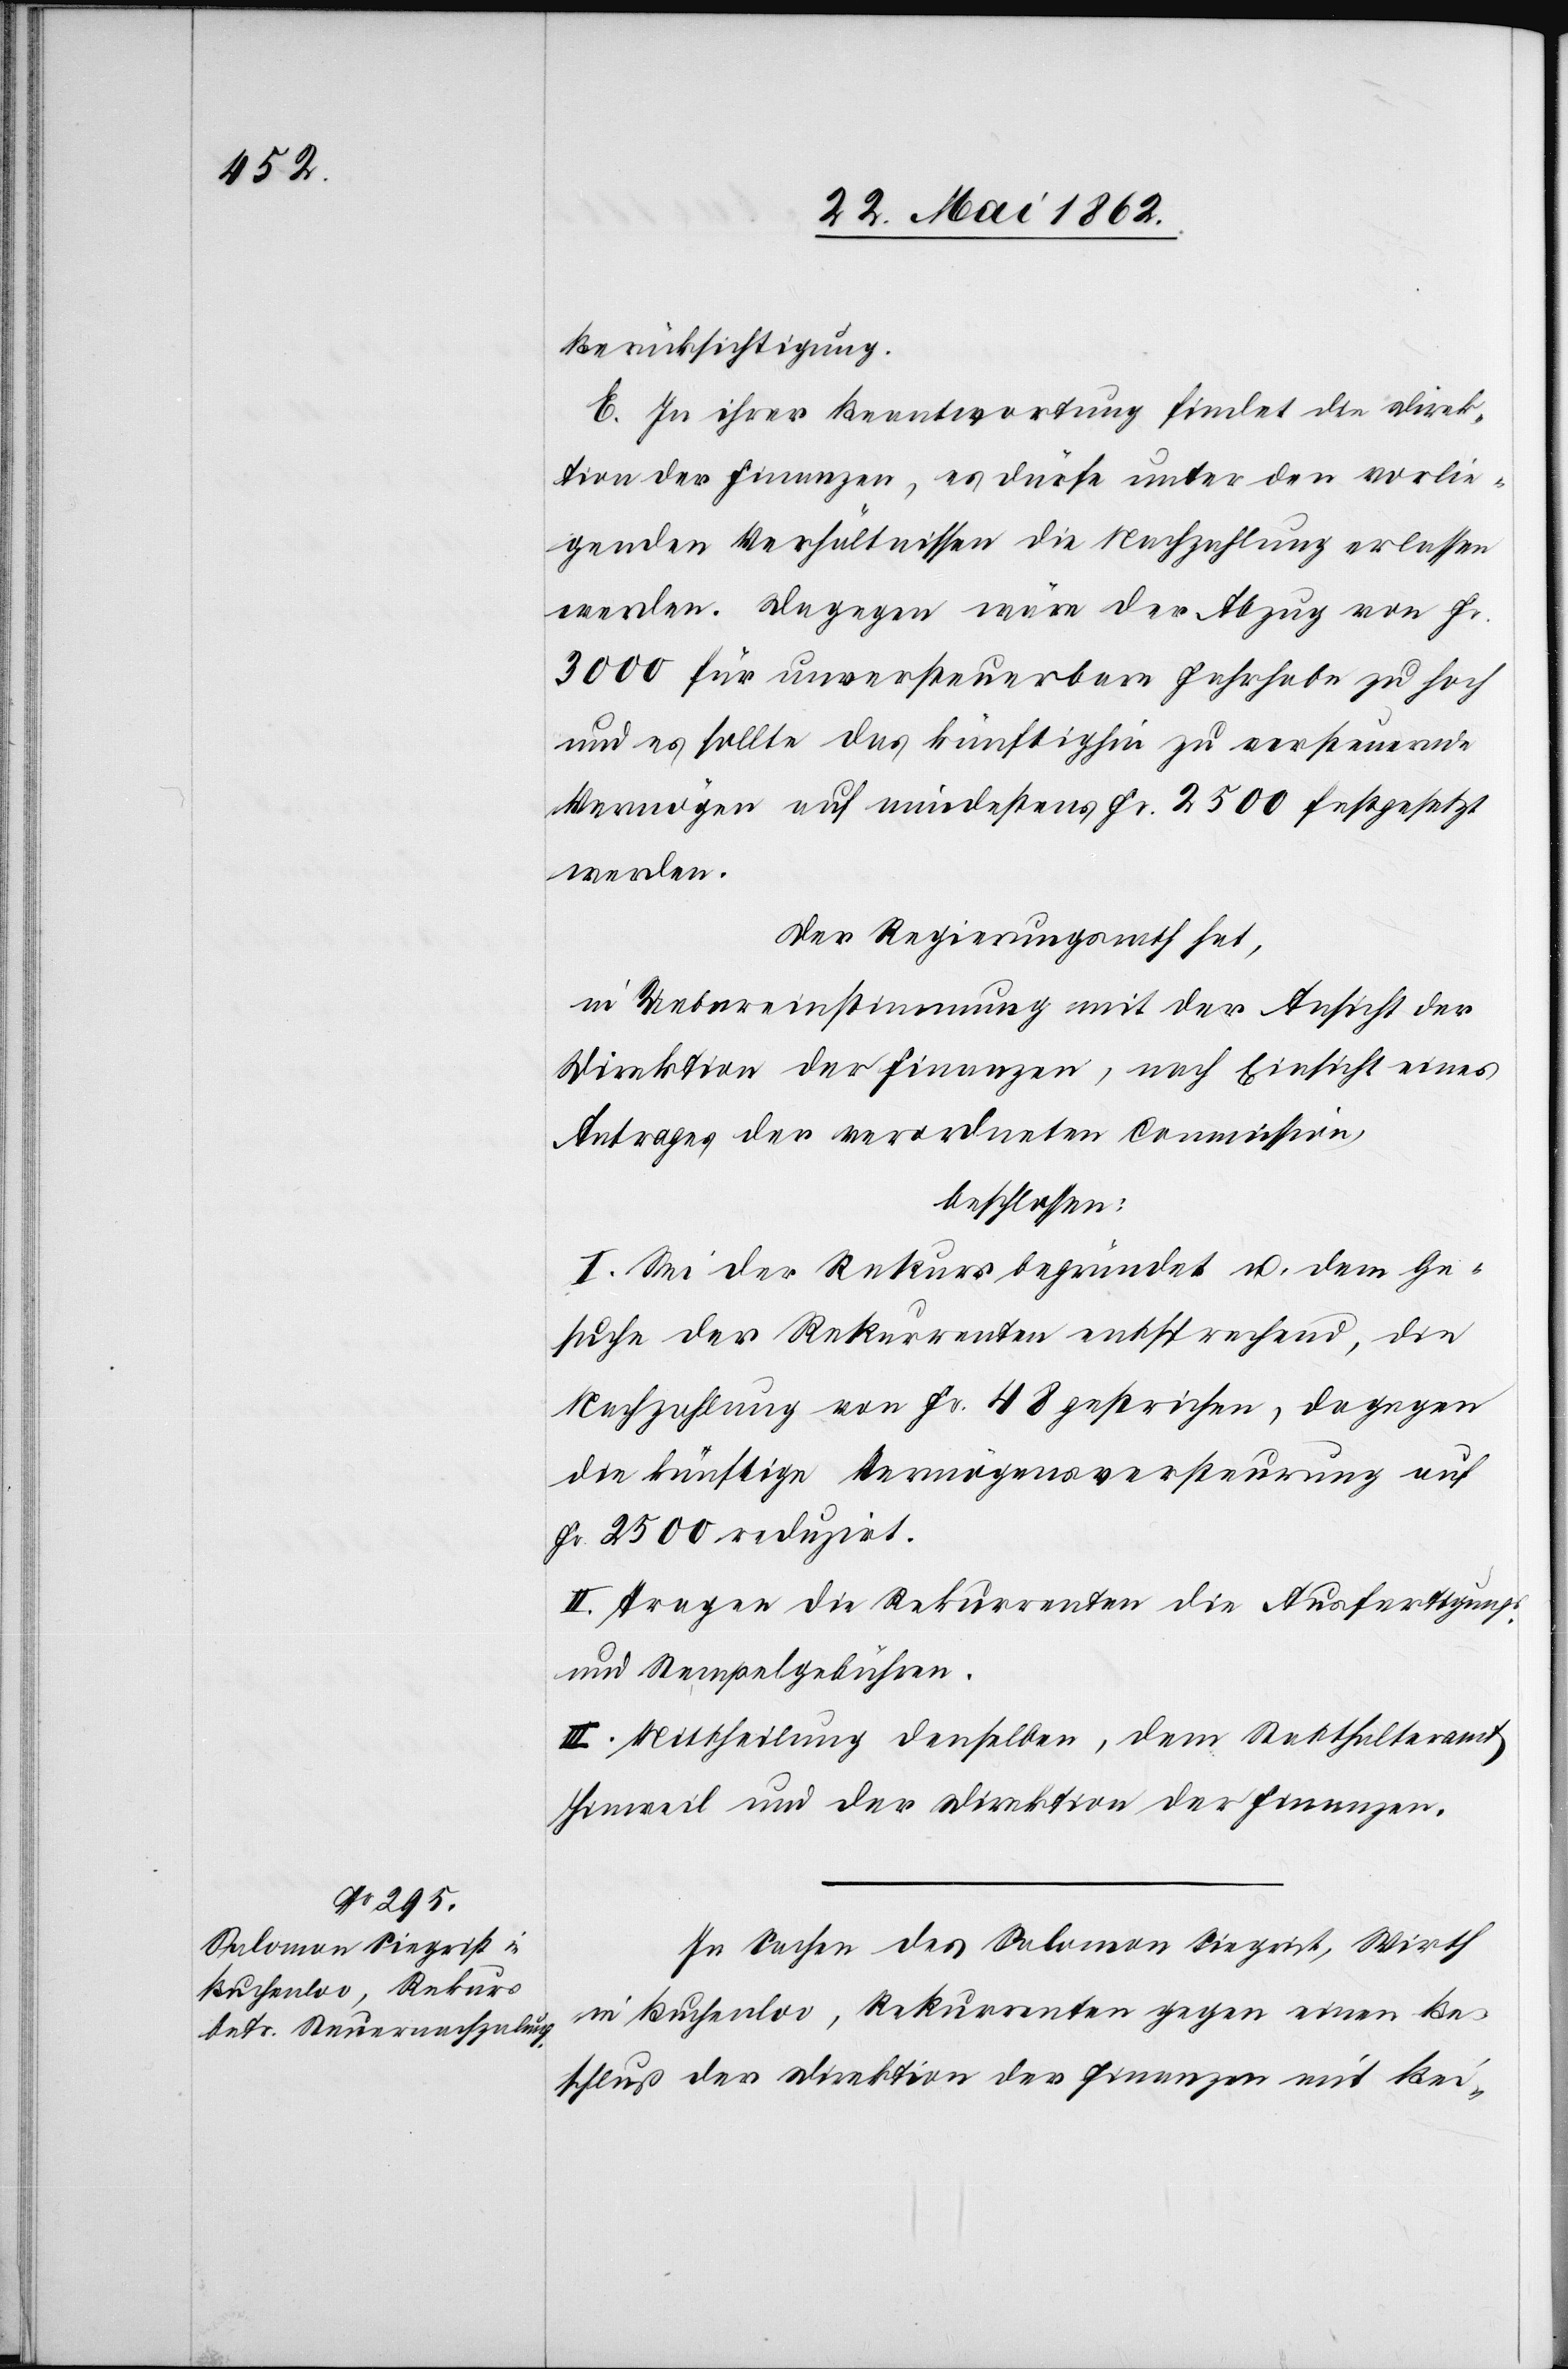
Berücksichtigung.
E. In ihrer Beantwortung findet die Direk¬
tion der Finanzen, es dürfe unter den vorlie¬
genden Verhältnissen die Nachzahlung erlassen
werden. Dagegen wäre der Abzug von Fr.
3000 für unversteuerbare Fahrhabe zu hoch
und es sollte das künftighin zu versteuernde
Vermögen auf mindestens Fr. 2500 festgesetzt
werden.
Der Regierungsrath hat,
in Uebereinstimmung mit der Ansicht der
Direktion der Finanzen, nach Einsicht eines
Antrages der verordneten Commission,
beschlossen:
I. Sei der Rekurs begründet u. dem Ge¬
suche der Rekurrenten entsprechend, die
Nachzahlung von Fr. 48 gestrichen, dagegen
die künftige Vermögensversteurung auf
Fr. 2500 reduzirt.
II. Tragen die Rekurrenten die Ausfertigungs-
und Stempelgebühren.
III. Mittheilung denselben, dem Statthalteramt
Hinweil und der Direktion der Finanzen.
In Sachen des Salomon Siegrist, Wirth
in Buchenloo, Rekurrenten gegen einen Be¬
schluß der Direktion der Finanzen mit Bei-